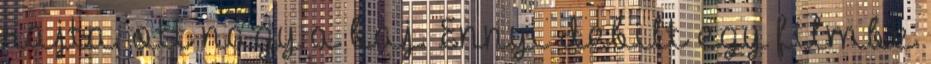
rajta, ott nagy a baj. Ennyi debilt egy filmbe